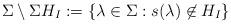
LaTeX: \begin{align*}\Sigma\setminus \Sigma H_I:=\{\lambda\in \Sigma:s(\lambda)\not\in H_I\}\end{align*}